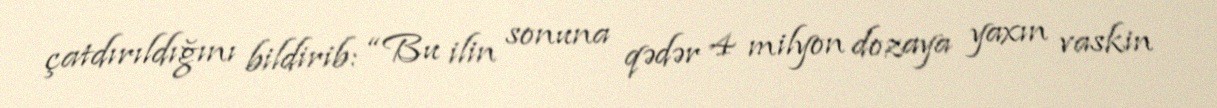
çatdırıldığını bildirib: “Bu ilin sonuna qədər 4 milyon dozaya yaxın vaskin